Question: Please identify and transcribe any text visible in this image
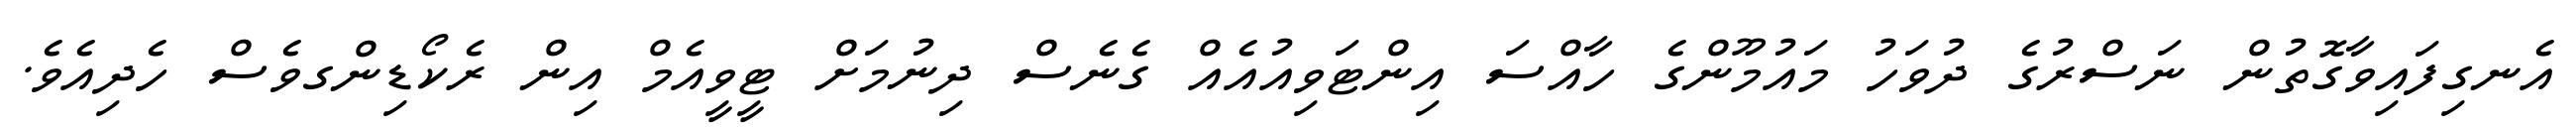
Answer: އެނގިފައިވާގޮތުން ނަސްރުގެ ދުވަހު މައުމޫންގެ ހާއްސަ އިންޓަވިއުއެއް ގެނެސް ދިނުމަށް ޓީވީއެމް އިން ރެކޯޑިންގވެސް ހެދިއެވެ.